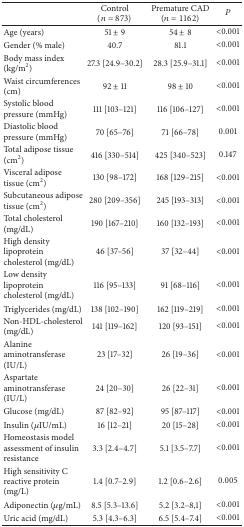
<table><thead><tr><td><b> </b></td><td><b>Control(<i>n</i> = 873)</b></td><td><b>Premature CAD(<i>n</i> = 1162)</b></td><td><b><i>P</i></b></td></tr></thead><tbody><tr><td>Age (years)</td><td>51 ± 9</td><td>54 ± 8</td><td>&lt;0.001</td></tr><tr><td>Gender (% male)</td><td>40.7</td><td>81.1</td><td>&lt;0.001</td></tr><tr><td>Body mass index (kg/m<sup>2</sup>)</td><td>27.3 [24.9–30.2]</td><td>28.3 [25.9–31.1]</td><td>&lt;0.001</td></tr><tr><td>Waist circumferences (cm)</td><td>92 ± 11</td><td>98 ± 10</td><td>&lt;0.001</td></tr><tr><td>Systolic blood pressure (mmHg)</td><td>111 [103–121]</td><td>116 [106–127]</td><td>&lt;0.001</td></tr><tr><td>Diastolic blood pressure (mmHg)</td><td>70 [65–76]</td><td>71 [66–78]</td><td> 0.001</td></tr><tr><td>Total adipose tissue (cm<sup>2</sup>)</td><td>416 [330–514]</td><td>425 [340–523]</td><td> 0.147</td></tr><tr><td>Visceral adipose tissue (cm<sup>2</sup>)</td><td>130 [98–172]</td><td>168 [129–215]</td><td>&lt;0.001</td></tr><tr><td>Subcutaneous adipose tissue (cm<sup>2</sup>)</td><td>280 [209–356]</td><td>245 [193–313]</td><td>&lt;0.001</td></tr><tr><td>Total cholesterol (mg/dL)</td><td>190 [167–210]</td><td>160 [132–193]</td><td>&lt;0.001</td></tr><tr><td>High density lipoprotein cholesterol (mg/dL)</td><td>46 [37–56]</td><td>37 [32–44]</td><td>&lt;0.001</td></tr><tr><td>Low density lipoprotein cholesterol (mg/dL)</td><td>116 [95–133]</td><td>91 [68–116]</td><td>&lt;0.001</td></tr><tr><td>Triglycerides (mg/dL)</td><td>138 [102–190]</td><td>162 [119–219]</td><td>&lt;0.001</td></tr><tr><td>Non-HDL-cholesterol (mg/dL)</td><td>141 [119–162]</td><td>120 [93–151]</td><td>&lt;0.001</td></tr><tr><td>Alanine aminotransferase (IU/L)</td><td>23 [17–32]</td><td>26 [19–36]</td><td>&lt;0.001</td></tr><tr><td>Aspartate aminotransferase (IU/L)</td><td>24 [20–30]</td><td>26 [22–31]</td><td>&lt;0.001</td></tr><tr><td>Glucose (mg/dL)</td><td>87 [82–92]</td><td>95 [87–117]</td><td>&lt;0.001</td></tr><tr><td>Insulin (<i>μ</i>IU/mL)</td><td>16 [12–21]</td><td>20 [15–28]</td><td>&lt;0.001</td></tr><tr><td>Homeostasis model assessment of insulin resistance</td><td>3.3 [2.4–4.7]</td><td>5.1 [3.5–7.7]</td><td>&lt;0.001</td></tr><tr><td>High sensitivity C reactive protein (mg/L)</td><td>1.4 [0.7–2.9]</td><td>1.2 [0.6–2.6]</td><td> 0.005</td></tr><tr><td>Adiponectin (<i>μ</i>g/mL)</td><td>8.5 [5.3–13.6]</td><td>5.2 [3.2–8,1]</td><td>&lt;0.001</td></tr><tr><td>Uric acid (mg/dL)</td><td>5.3 [4.3–6.3]</td><td>6.5 [5.4–7.4]</td><td>&lt;0.001</td></tr></tbody></table>